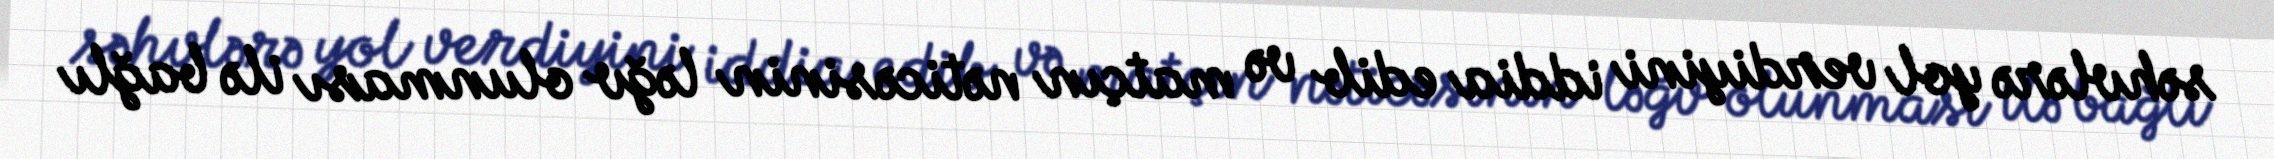
səhvlərə yol verdiyini iddia edib və matçın nəticəsinin ləğv olunması ilə bağlı